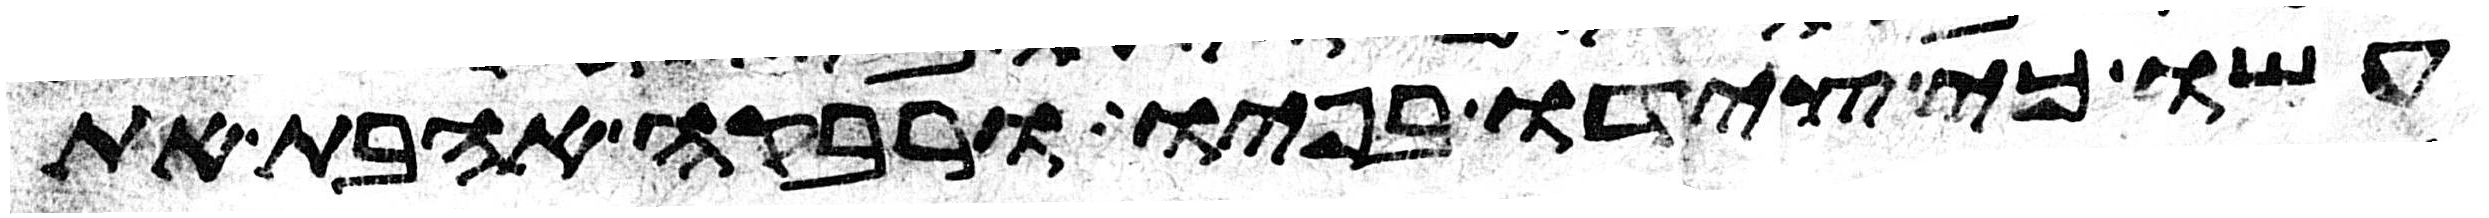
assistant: עשו כי צידו בפיו ורבקה אהבת את